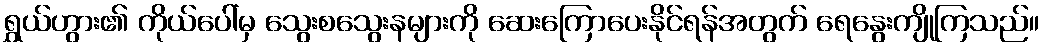
ရွှယ်ဟွား၏ ကိုယ်ပေါ်မှ သွေးစသွေးနများကို ဆေးကြောပေးနိုင်ရန်အတွက် ရေနွေးကျိုကြသည်။